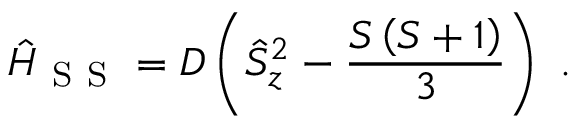
\hat { H } _ { \mathrm { ~ S ~ S ~ } } = D \left( \hat { S } _ { z } ^ { 2 } - \frac { S \left( S + 1 \right) } { 3 } \right) \ .